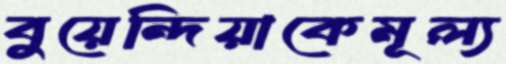
বুয়েন্দিয়াকেমূল্য